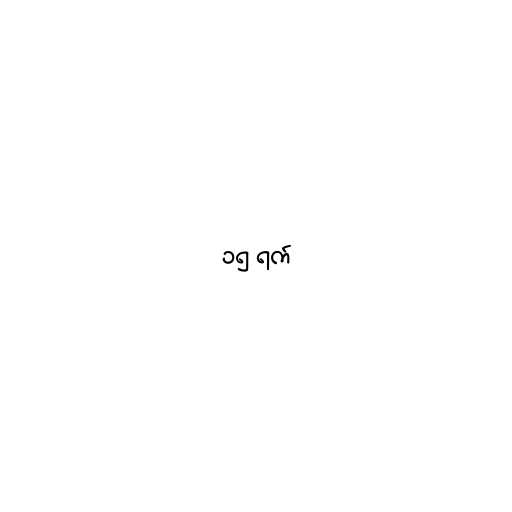
၁၅ ရက်